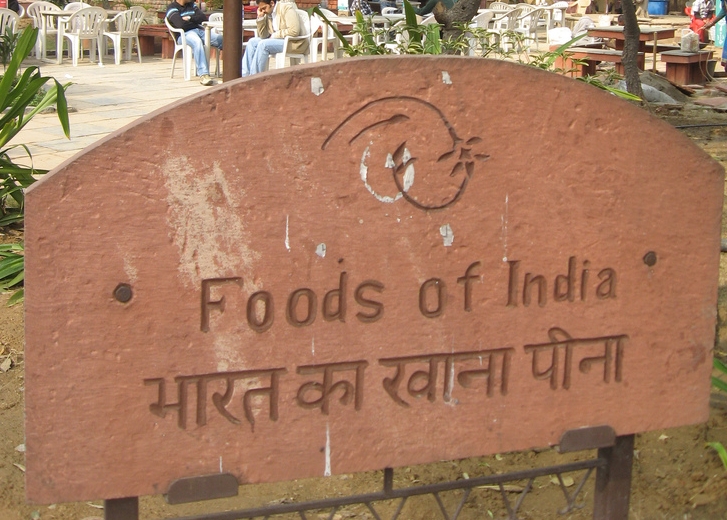
Language: hindi
Transcription: भारत का खाना पीना